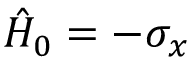
\hat { H } _ { 0 } = - \sigma _ { x }